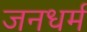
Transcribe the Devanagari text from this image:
जनधर्म